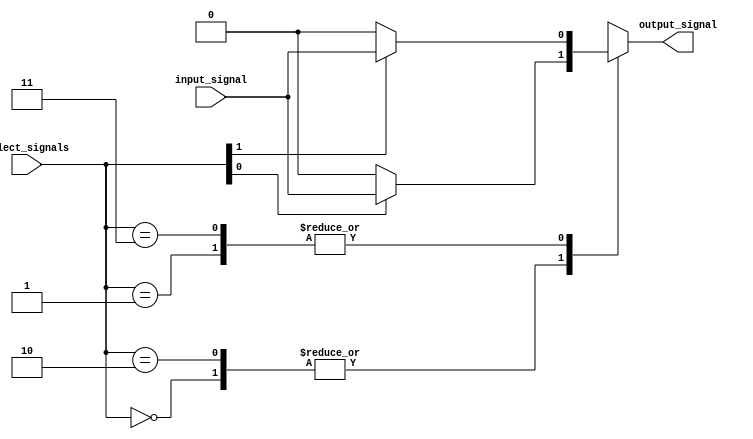
module demultiplexer (
    input wire input_signal,
    input wire [1:0] select_signals,
    output reg output_signal
);

always @(*) begin
    case (select_signals)
        2'b00: output_signal = select_signals[0] ? input_signal : 1'b0;
        2'b01: output_signal = select_signals[1] ? input_signal : 1'b0;
        2'b10: output_signal = select_signals[0] ? input_signal : 1'b0;
        2'b11: output_signal = select_signals[1] ? input_signal : 1'b0;
        default: output_signal = 1'b0;
    endcase
end

endmodule